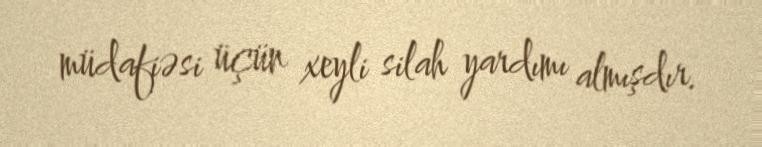
müdafiəsi üçün xeyli silah yardımı almışdır.